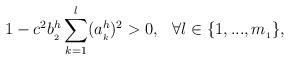
LaTeX: \begin{align*}1-c^2b_{_2}^h\sum_{k=1}^l(a_{_k}^h)^2>0, \hskip0.3cm \forall l\in\{1,...,m_{_1}\},\end{align*}